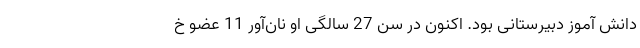
دانش آموز دبیرستانی بود. اکنون در سن 27 سالگی او نان‌آور 11 عضو خ